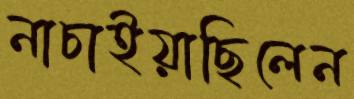
নাচাইয়াছিলেন